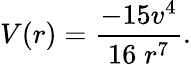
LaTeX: V(r)=\frac{-15v^{4}}{16\; r^{7}}.